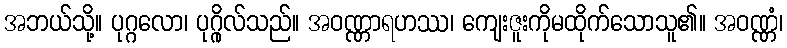
အဘယ်သို့။ ပုဂ္ဂလော၊ ပုဂ္ဂိုလ်သည်။ အဝဏ္ဏာရဟဿ၊ ကျေးဇူးကိုမထိုက်သောသူ၏။ အဝဏ္ဏံ၊